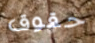
حقوق